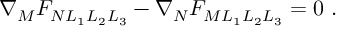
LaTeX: \nabla _ { M } F _ { N L _ { 1 } L _ { 2 } L _ { 3 } } - \nabla _ { N } F _ { M L _ { 1 } L _ { 2 } L _ { 3 } } = 0 ~ .